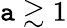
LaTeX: \mathtt{a}\gtrsim1